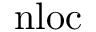
\mathrm { n l o c }